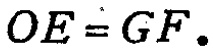
\(OE = GF.\)